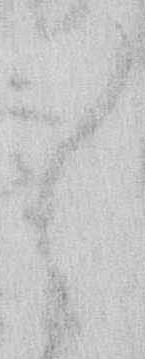
々